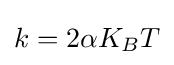
\displaystyle k=2{\alpha }K_{B}T